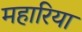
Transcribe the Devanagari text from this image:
महारिया